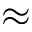
\approx